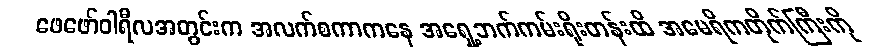
ဖေဖော်ဝါရီလအတွင်းက အလက်စကာကနေ အရှေ့ဘက်ကမ်းရိုးတန်းထိ အမေရိကတိုက်ကြီးကို